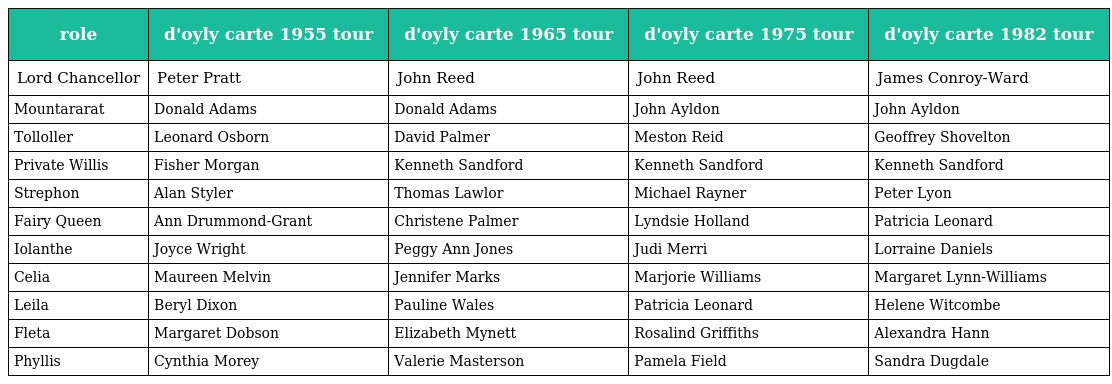
| role | d'oyly carte 1955 tour | d'oyly carte 1965 tour | d'oyly carte 1975 tour | d'oyly carte 1982 tour |
 | --- | --- | --- | --- | --- |
 | Lord Chancellor | Peter Pratt | John Reed | John Reed | James Conroy-Ward |
 | Mountararat | Donald Adams | Donald Adams | John Ayldon | John Ayldon |
 | Tolloller | Leonard Osborn | David Palmer | Meston Reid | Geoffrey Shovelton |
 | Private Willis | Fisher Morgan | Kenneth Sandford | Kenneth Sandford | Kenneth Sandford |
 | Strephon | Alan Styler | Thomas Lawlor | Michael Rayner | Peter Lyon |
 | Fairy Queen | Ann Drummond-Grant | Christene Palmer | Lyndsie Holland | Patricia Leonard |
 | Iolanthe | Joyce Wright | Peggy Ann Jones | Judi Merri | Lorraine Daniels |
 | Celia | Maureen Melvin | Jennifer Marks | Marjorie Williams | Margaret Lynn-Williams |
 | Leila | Beryl Dixon | Pauline Wales | Patricia Leonard | Helene Witcombe |
 | Fleta | Margaret Dobson | Elizabeth Mynett | Rosalind Griffiths | Alexandra Hann |
 | Phyllis | Cynthia Morey | Valerie Masterson | Pamela Field | Sandra Dugdale |